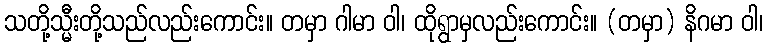
သတို့သ္မီးတို့သည်လည်းကောင်း။ တမှာ ဂါမာ ဝါ၊ ထိုရွာမှလည်းကောင်း။ (တမှာ) နိဂမာ ဝါ၊